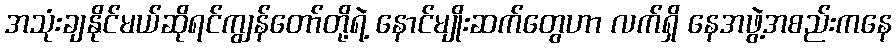
အသုံးချနိုင်မယ်ဆိုရင်ကျွန်တော်တို့ရဲ့ နောင်မျိုးဆက်တွေဟာ လက်ရှိ နေအဖွဲ့အစည်းကနေ